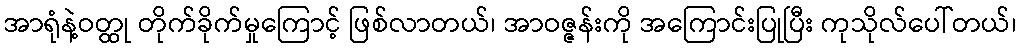
အာရုံနဲ့ဝတ္ထု တိုက်ခိုက်မှုကြောင့် ဖြစ်လာတယ်၊ အာဝဇ္ဇန်းကို အကြောင်းပြုပြီး ကုသိုလ်ပေါ်တယ်၊